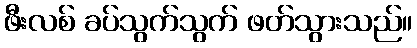
ဖီးလစ် ခပ်သွက်သွက် ဖတ်သွားသည်။